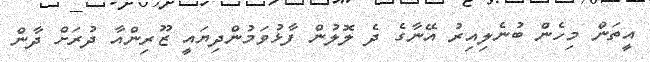
އީތަން މިހެން ބުނެލިއިރު އޭނާގެ ދެ ލޮލުން ފާޅުވަމުންދިޔައީ ޒޫރިންއާ ދުރަށް ދާން